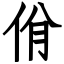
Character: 佾